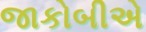
જાકોબીએ